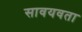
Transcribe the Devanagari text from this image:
सावयवता